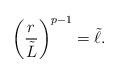
LaTeX: \begin{align*}\left({r\over\tilde{L}}\right)^{p-1}=\tilde{\ell}.\end{align*}